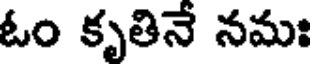
ఓం కృతినే నమః